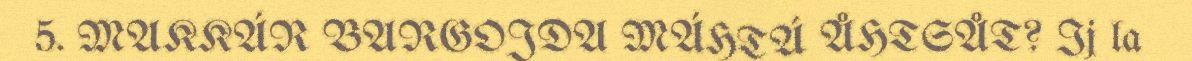
5. MAKKÁR BARGOJDA MÁHTÁ ÅHTSÅT? Ij la